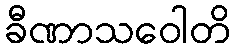
ခီဏာသဝေါတိ